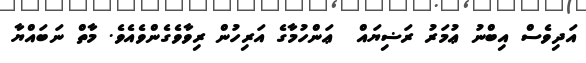
އަދިވެސް އިބްނު ޢުމަރު ރަޟިޔައް  ޢަންހުމާގެ އަރިހުން ރިވާވެގެންވެއެވެ. މާތް ނަބައްޔާ